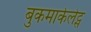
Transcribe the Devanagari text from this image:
बुकमार्कलेट्स